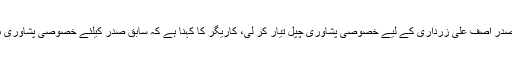
جس کے بعد کاریگر نے سابق صدر آصف علی زرداری کے لیے خصوصی پشاوری چپل تیار کر لی، کاریگر کا کہنا ہے کہ سابق صدر کیلئے خصوصی پشاوری منفرد انداز میں تیار کی گئی ہے۔